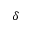
\delta